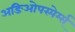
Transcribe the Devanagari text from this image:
अङिओपस्पेर्म्स्